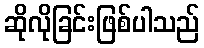
ဆိုလိုခြင်းဖြစ်ပါသည်